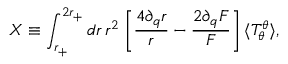
X \equiv \int _ { r _ { + } } ^ { 2 r _ { + } } d r \, r ^ { 2 } \: \biggl [ \frac { 4 \partial _ { q } r } { r } - \frac { 2 \partial _ { q } F } { F } \biggr ] \, \langle T _ { \theta } ^ { \theta } \rangle ,